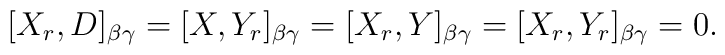
[X_r,D]_{\beta \gamma}=[X,Y_{r}]_{\beta \gamma}=[X_{r},Y]_{\beta \gamma}=[X_{r},Y_r]_{\beta \gamma}=0.